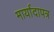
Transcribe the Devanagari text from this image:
मार्यादापत्र